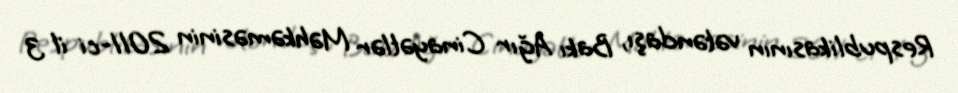
Respublikasının vətəndaşı, Bakı Ağır Cinayətlər Məhkəməsinin 2011-ci il 3